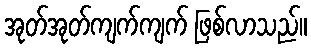
အုတ်အုတ်ကျက်ကျက် ဖြစ်လာသည်။